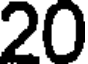
20